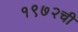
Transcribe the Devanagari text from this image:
१९७२ची